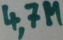
Text: 4,7M